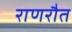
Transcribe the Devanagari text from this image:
राणरौत